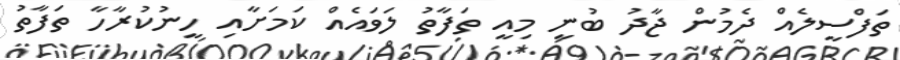
ތަފްސީލެއް ދެމުން ޖާދު ބުނީ މިއީ ތަފާތު ލަވައެއް ކަމަށާއި ހީނުކުރާހާ ތަފާތު